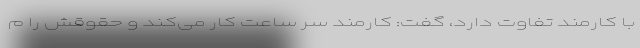
با کارمند تفاوت دارد، گفت: کارمند سر ساعت کار می‌کند و حقوقش را م